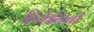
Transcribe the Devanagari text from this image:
हिरोईनची